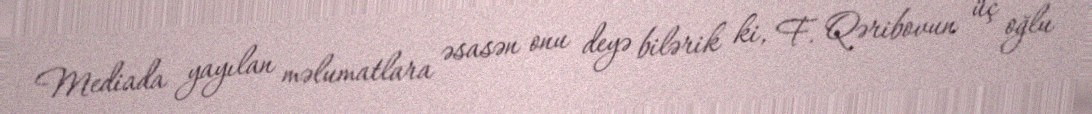
Mediada yayılan məlumatlara əsasən onu deyə bilərik ki, F. Qəribovun üç oğlu